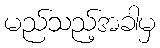
မည်သည့်အခါမှ